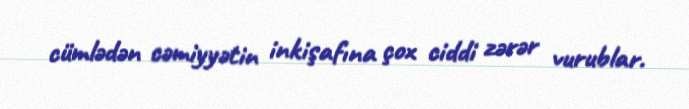
cümlədən cəmiyyətin inkişafına çox ciddi zərər vurublar.